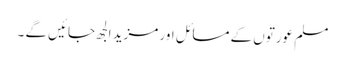
مسلم عورتوں کے مسائل اور مزید الجھ جائیں گے ۔